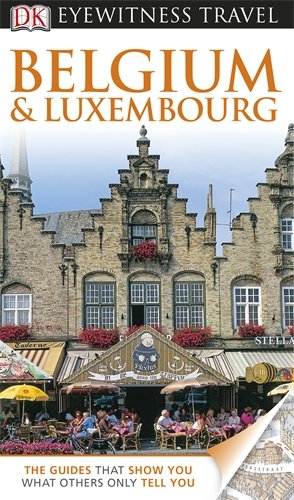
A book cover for DK Eyewitness Travel Guide: Belgium & Luxembourg; Collectif; Travel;